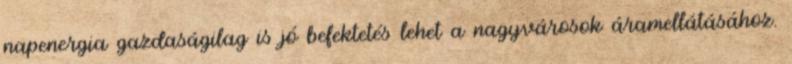
napenergia gazdaságilag is jó befektetés lehet a nagyvárosok áramellátásához.